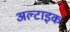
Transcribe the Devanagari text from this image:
अल्टाइक